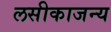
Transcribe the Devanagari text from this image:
लसीकाजन्य